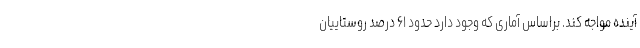
آینده مواجه کند. براساس آماری که وجود دارد حدود ۶۱ درصد روستاییان